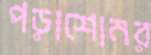
পড়াশোনর